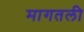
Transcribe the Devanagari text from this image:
मागतली